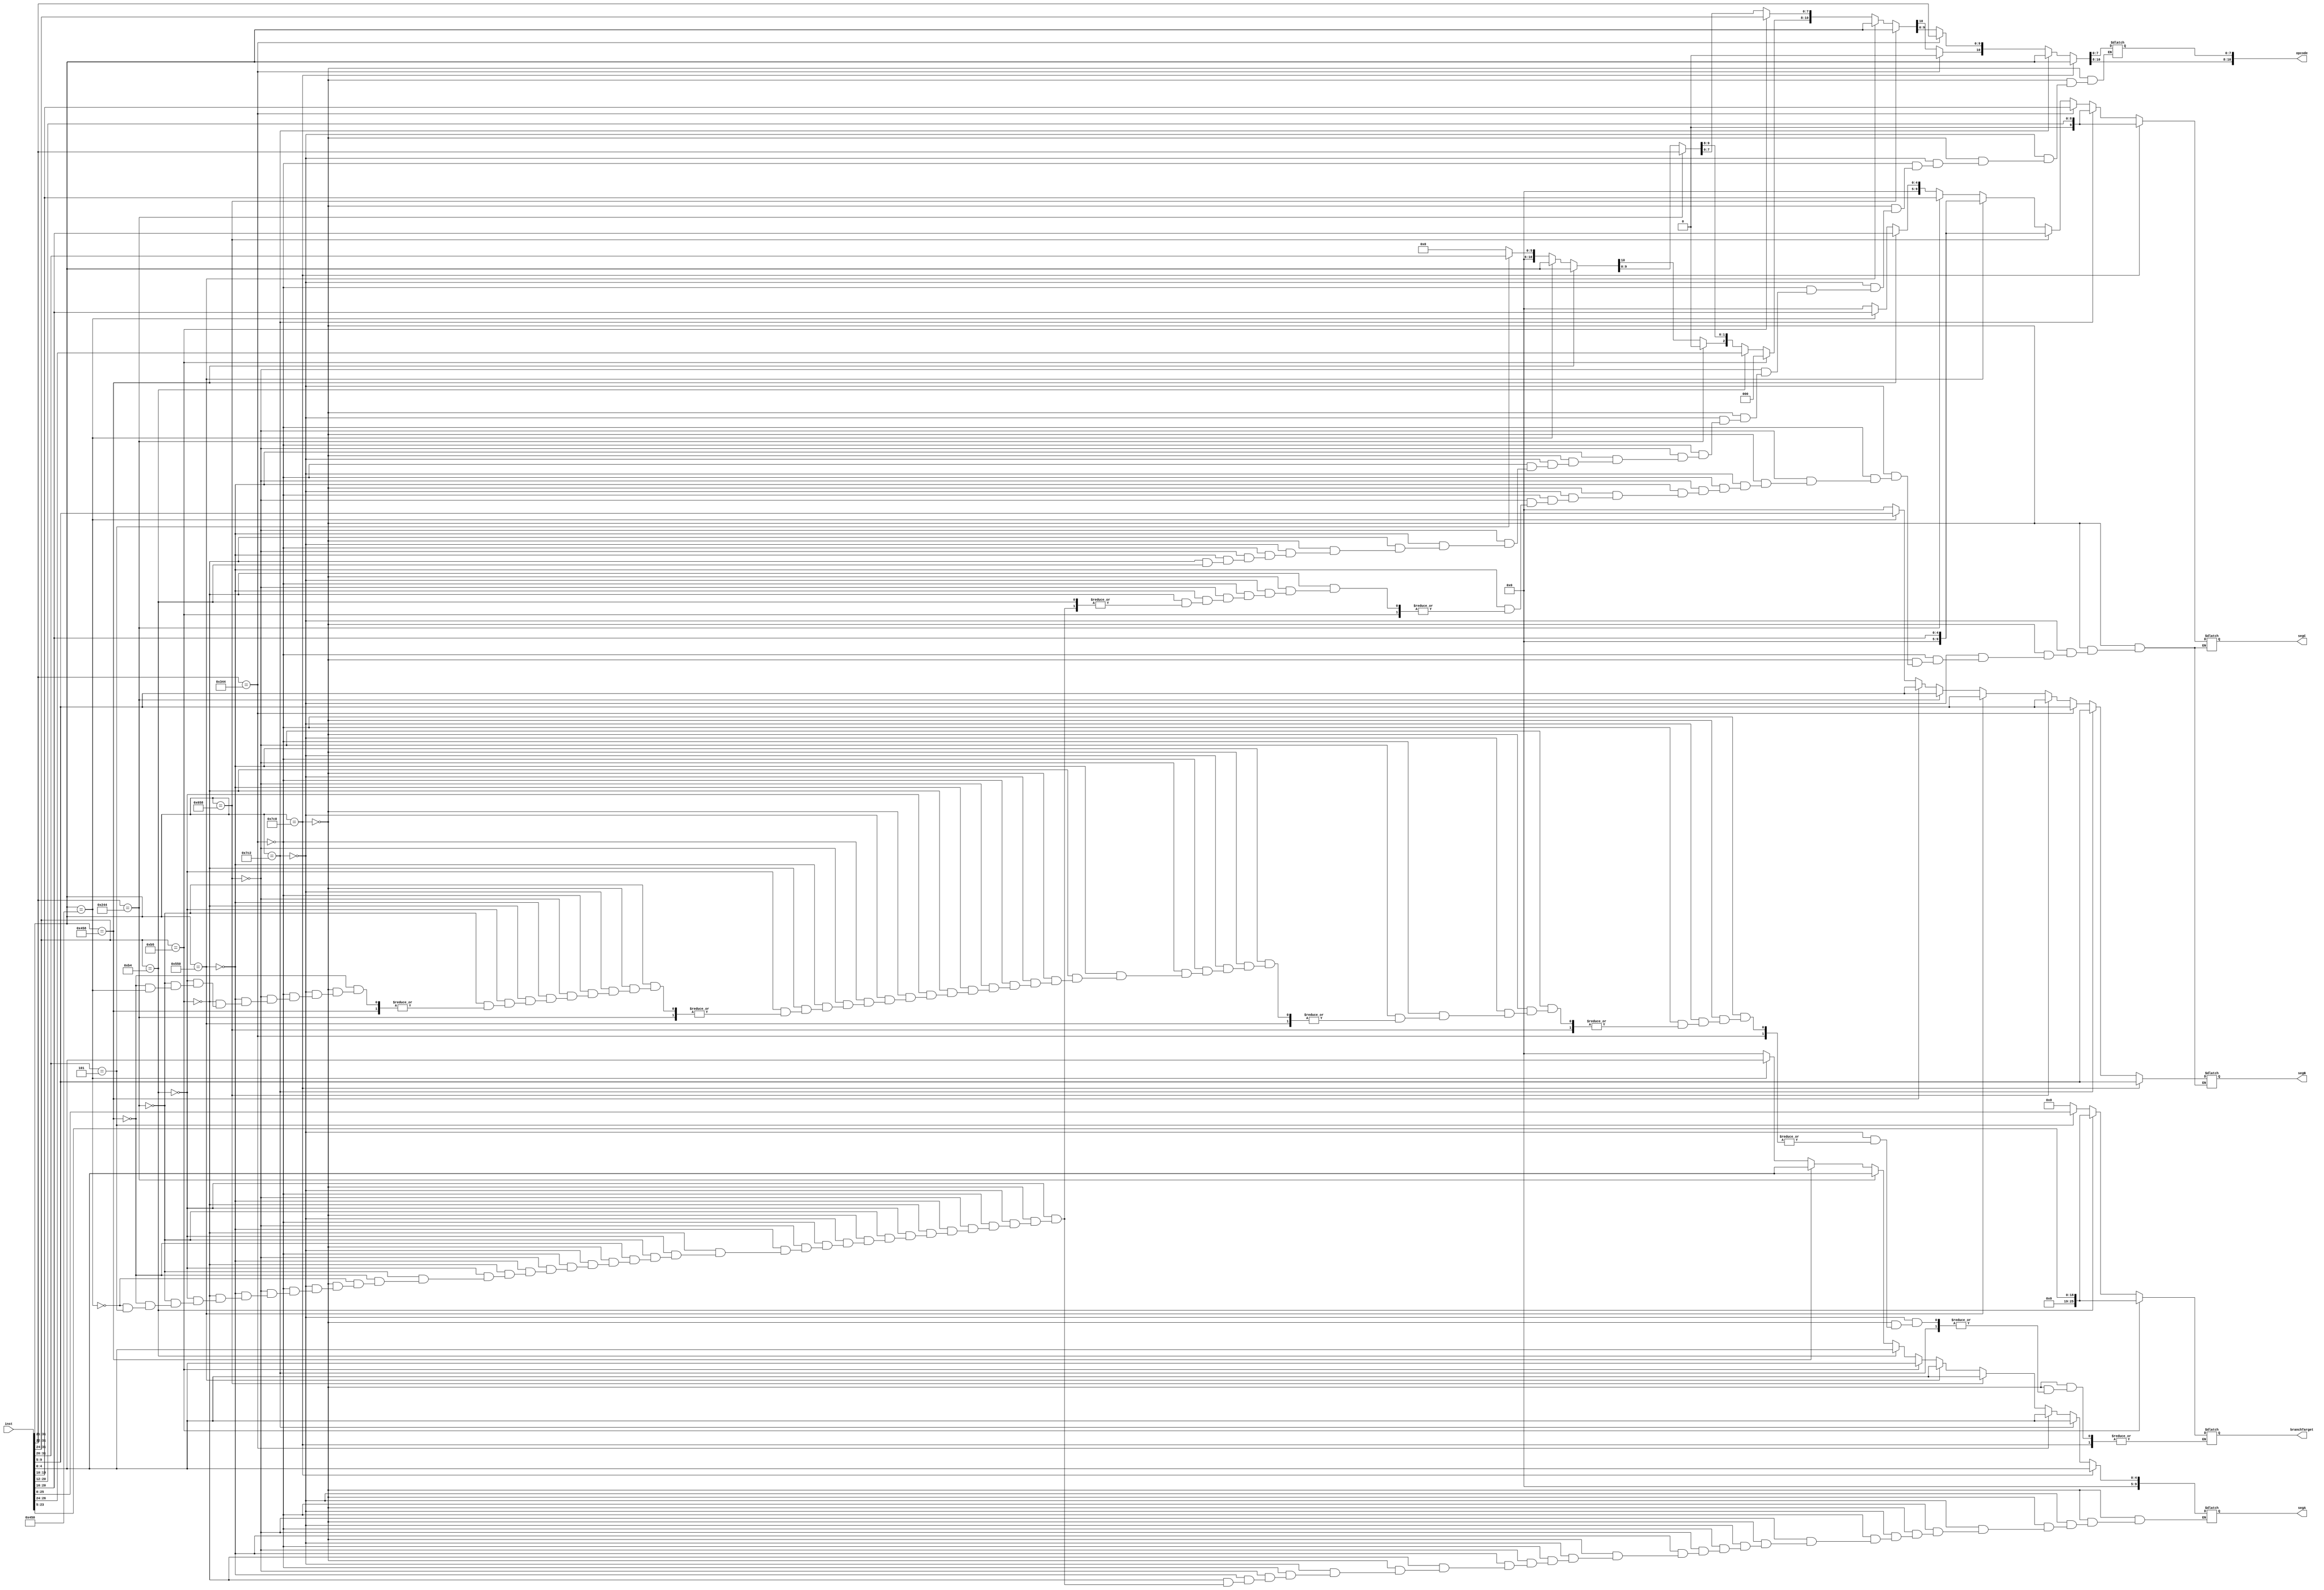
module decoder(inst,opcode,segA,segB,segC,branchTarget);

	input [31:0]inst;//instruction code
	output reg [10:0]opcode;//opcode always 11 bit
	output reg [9:0]segA;//5-10 bits
	output reg [4:0]segB;//4-5 bits
	output reg [9:0]segC;//9-10 bits
	output reg [25:0]branchTarget;//19-25 bits address
	
	always@ (inst) begin
	if(inst[31:21] == 11'b11111000000) //STORE
	begin
		opcode = inst[31:21]; //set opcode variable
		segA = inst[4:0]; //current data register
		segB = inst[9:5]; //location register
		segC = inst[20:12]; //offset
	end
	else if(inst[31:21] == 11'b11111000010) //LOAD
	begin
		opcode = inst[31:21];
		segA = inst[4:0]; //target register
		segB = inst[9:5]; //location register
		segC = inst[20:12]; //offset
	end
	else if(inst[31:22] == 10'b1101000100) //SUBI
	begin
		opcode[10] = 0;
		opcode[9:0] = inst[31:22];
		segA = inst[4:0]; //destination register
		segB = inst[9:5]; //input register
		segC = inst[21:10]; //immediate
	end
	else if(inst[31:21] == 11'b11001011000) //SUB
	begin
		opcode = inst[31:21];
		segA = inst[4:0]; //destination register
		segB = inst[9:5]; //input register
		segC = inst[20:16]; //second input register
	end
	else if(inst[31:21] == 11'b10101010000) //OR
	begin
		opcode = inst[31:21];
		segA = inst[4:0]; //destination register
		segB = inst[9:5]; //input register
		segC = inst[20:16]; //second input register
	end
	else if(inst[31:24] == 11'b00010110101) //CBNZ
	begin
		opcode[10:8] = 3'b0;//IS THIS REALLY NEEDED?
		opcode[7:0] = inst[31:24];
		segA = inst[4:0]; //target register
		branchTarget = inst[23:5]; //address
	end
	else if(inst[31:24] == 8'b10110100) //CBZ
	begin
		opcode[10:8] = inst[31:24];
		segA = inst[4:0]; //target register
		branchTarget = inst[23:5]; //address
	end
	else if(inst[31:22] == 10'b1001000100) //ADDI
	begin
		opcode[10] = 0;
		opcode[9:0] = inst[31:22];
		segA = inst[4:0]; //destination register
		segB = inst[9:5]; //input register
		segC = inst[21:10]; //immediate
	end
	else if(inst[31:21] == 11'b10001011000) //ADD
	begin
		opcode = inst[31:21];
		segA = inst[4:0]; //destination register
		segB = inst[9:5]; //input register
		segC = inst[20:16]; //second input register
	end
	else if(inst[31:21] == 11'b10001010000) //AMD
	begin
		opcode = inst[31:21];
		segA = inst[4:0]; //destination register
		segB = inst[9:5]; //input register
		segC = inst[20:16]; //second input register
	end
	else if(inst[31:26] == 6'b000101) //B (unconditional branch)
	begin
		opcode[10:6] = 5'b0;//IS THIS REALLY NEEDED?
		opcode[5:0] = inst[31:26];
		branchTarget = inst[25:0]; //branch address
	end
	else //nop
	begin
		opcode = 11'b0;
		segA = 0;
		segB = 0;
		segC = 0;
		branchTarget = 0;
	end
	end
endmodule